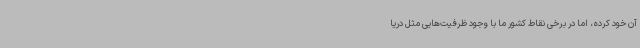
آن خود کرده، اما در برخی نقاط کشور ما با وجود ظرفیت‌هایی مثل دریا